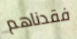
فقدناهم